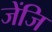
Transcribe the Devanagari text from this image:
जेंजि